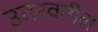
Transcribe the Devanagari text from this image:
उतरवतील